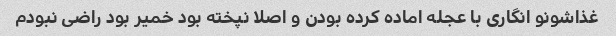
غذاشونو انگاری با عجله اماده کرده بودن و اصلا نپخته بود خمیر بود راضی نبودم